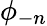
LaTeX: \phi_{-n}